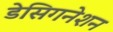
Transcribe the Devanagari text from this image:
डेसिगनेशन